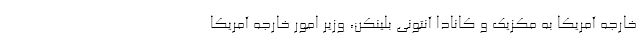
خارجه آمریکا به مکزیک و کانادا آنتونی بلینکن، وزیر امور خارجه آمریکا